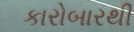
કારોબારથી